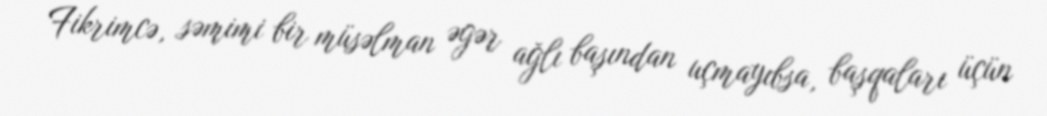
Fikrimcə, səmimi bir müsəlman əgər ağlı başından uçmayıbsa, başqaları üçün